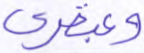
وعبقري